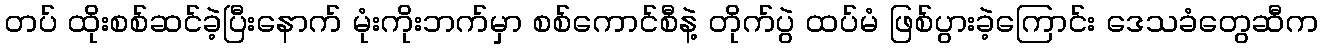
တပ် ထိုးစစ်ဆင်ခဲ့ပြီးနောက် မုံးကိုးဘက်မှာ စစ်ကောင်စီနဲ့ တိုက်ပွဲ ထပ်မံ ဖြစ်ပွားခဲ့ကြောင်း ဒေသခံတွေဆီက